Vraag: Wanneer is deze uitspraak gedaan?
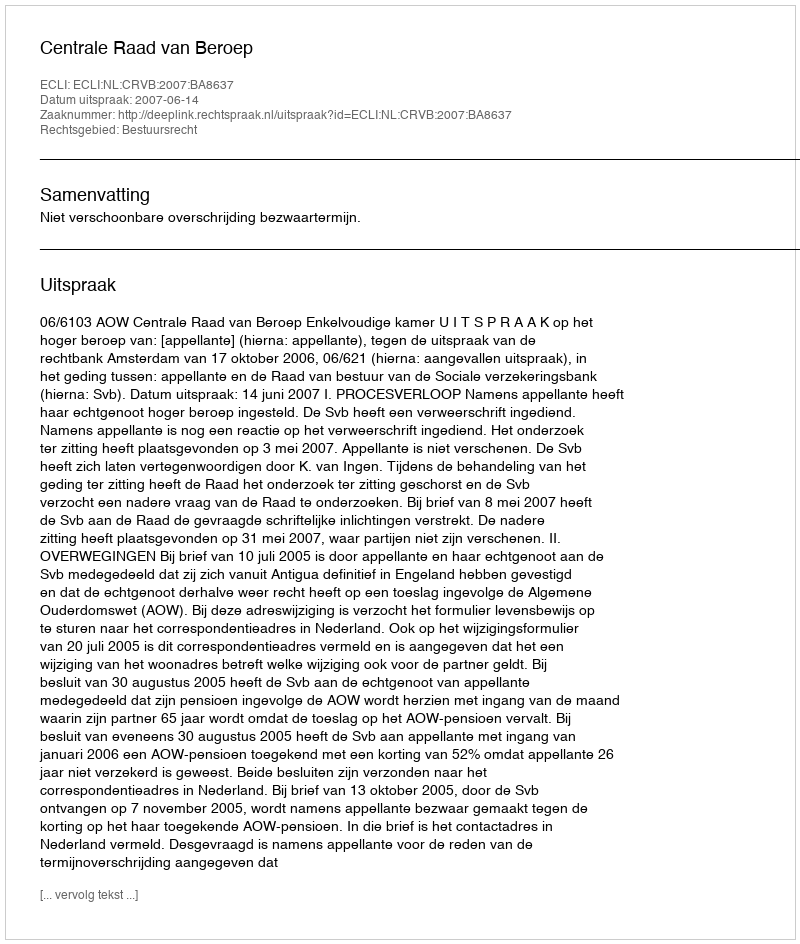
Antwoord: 2007-06-14